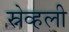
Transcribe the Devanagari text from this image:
स्नेव्हली